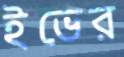
ইভের